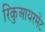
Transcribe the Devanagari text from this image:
रिकुआयरमेंट